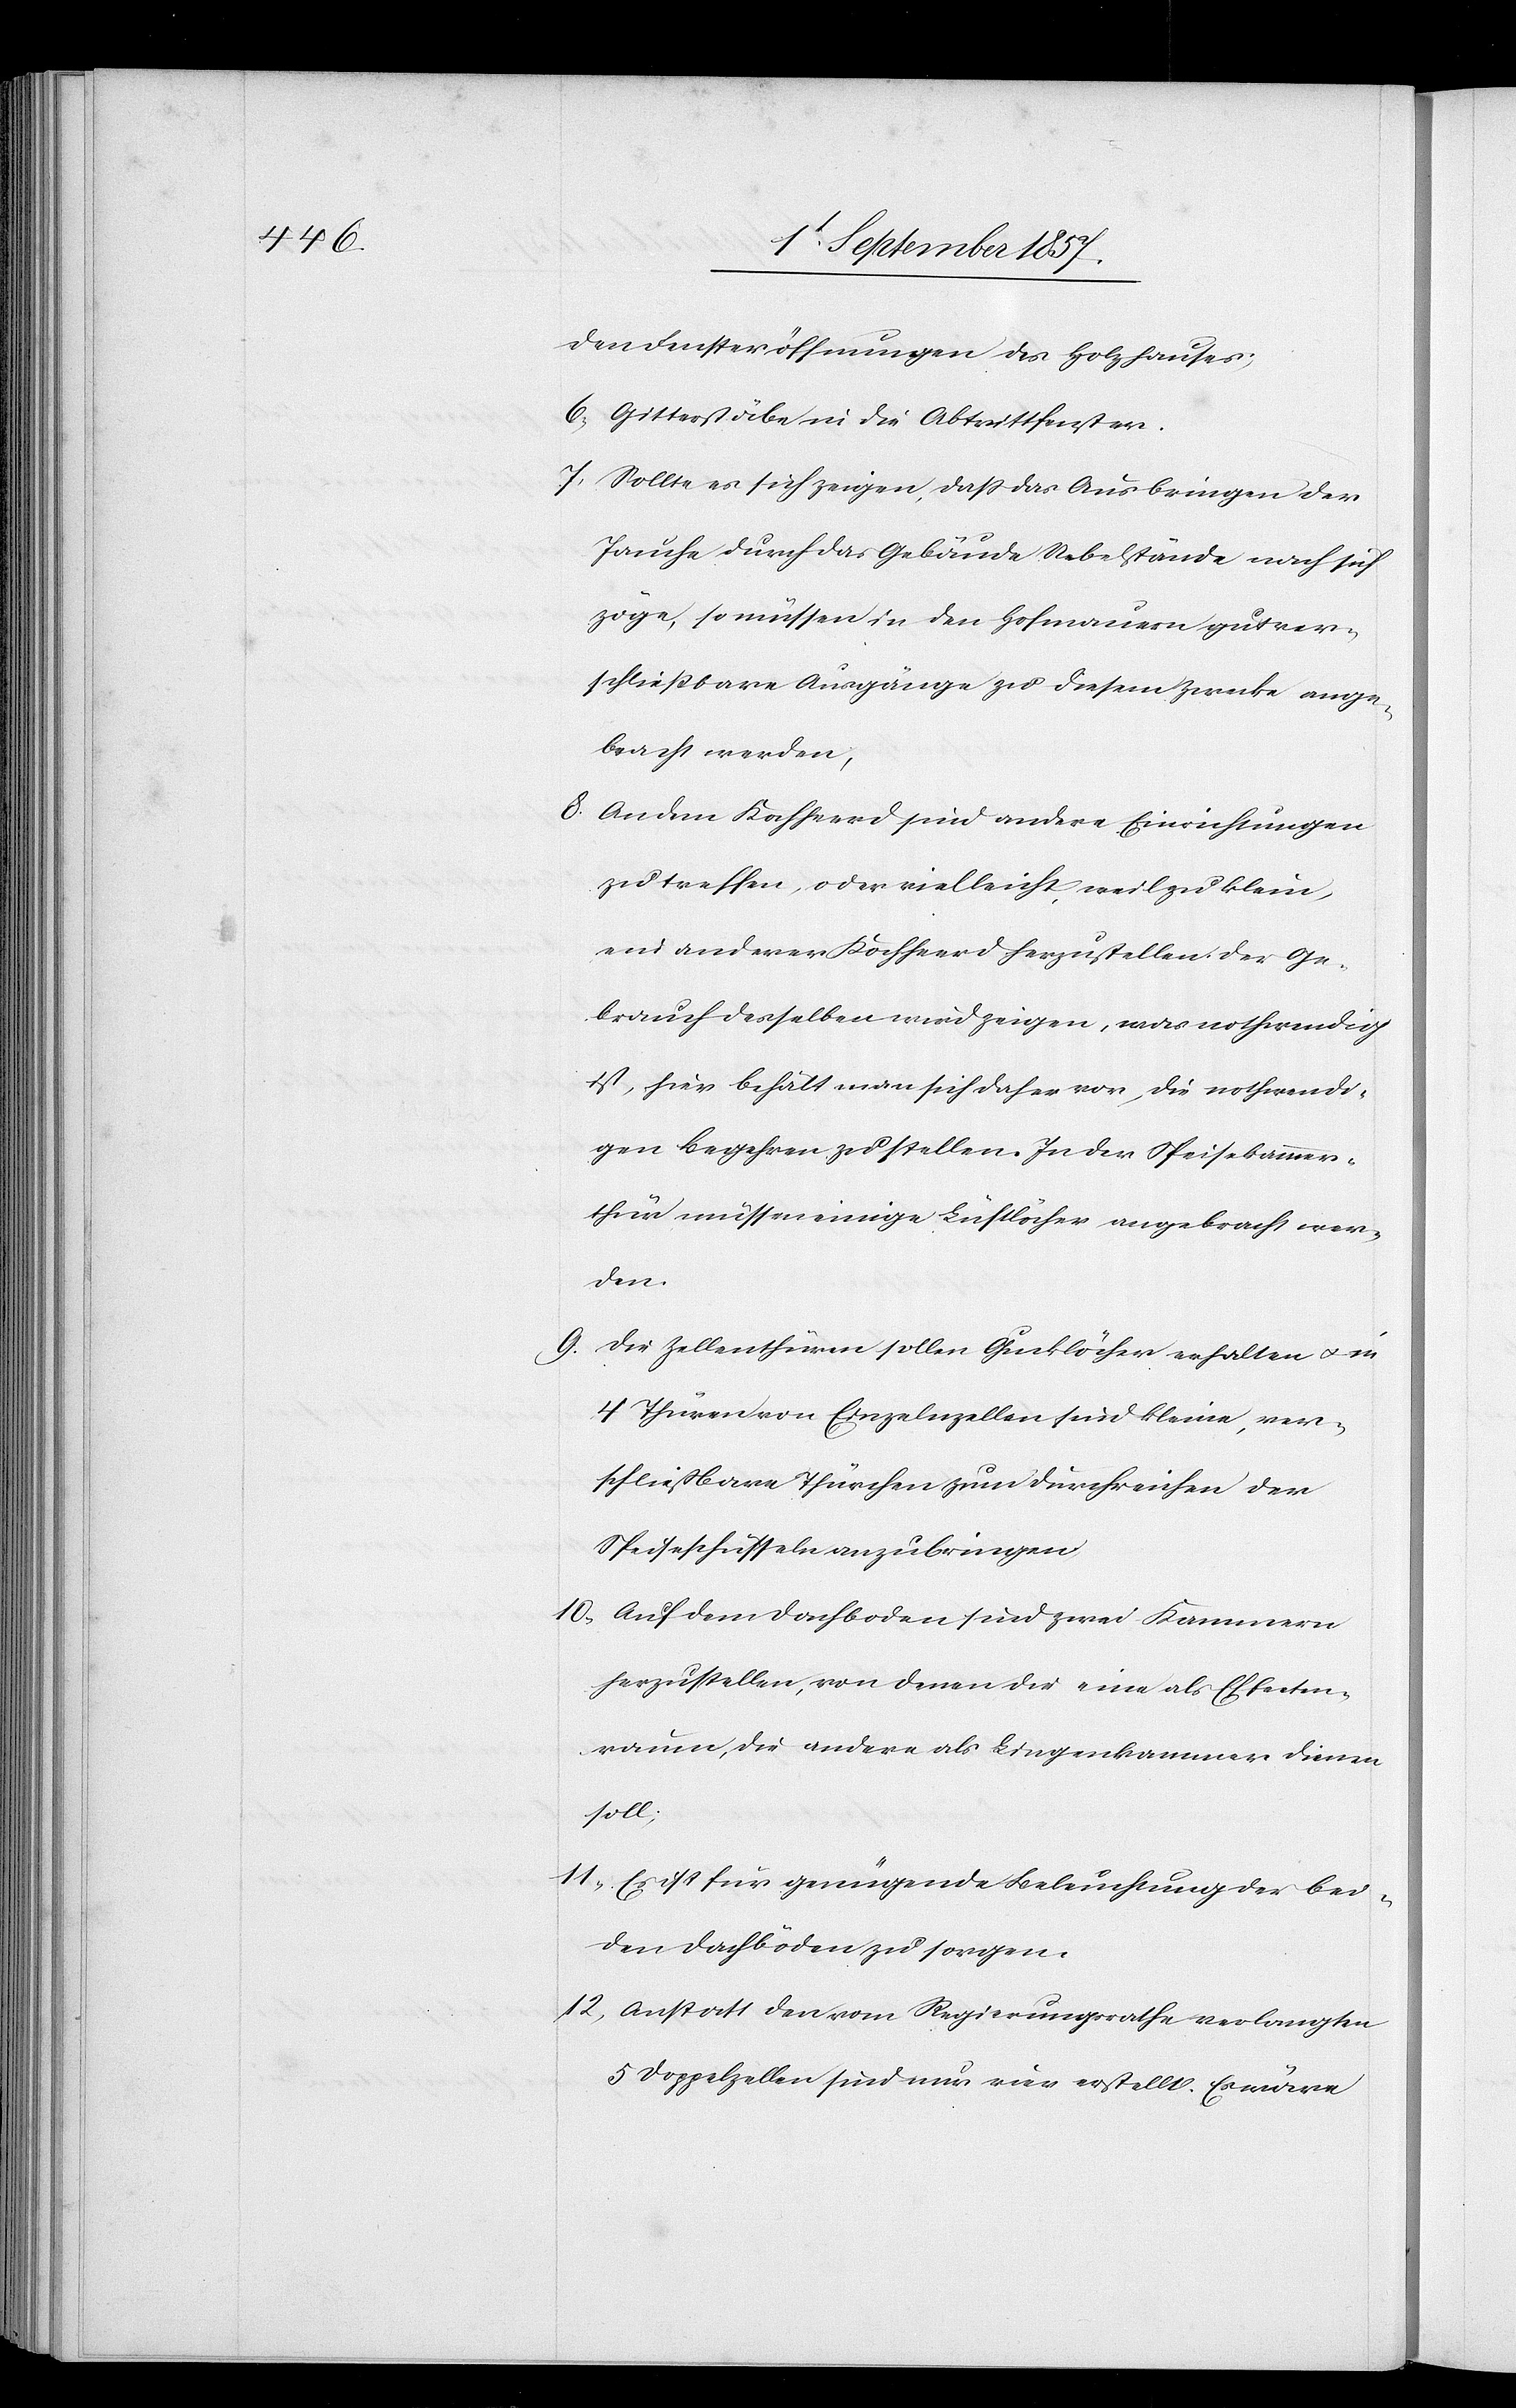
den Fensteröffnungen des Holzhauses;
6) Gitterstäbe in die Abtrittfenster.
7) Sollte es sich zeigen, daß das Ausbringen der
Jauche durch das Gebäude Uebelstände nach sich
zöge, so müssen in den Hofmauern gut ver¬
schließbare Ausgänge zu diesem Zwecke ange¬
bracht werden,
8) An dem Kochherd sind andere Einrichtungen
zu treffen, oder vielleicht, weil zu klein,
ein anderer Kochherd herzustellen der Ge¬
brauch desselben wird zeigen, was nothwendig
ist, hier behält man sich daher vor, die nothwendi¬
gen Begehren zu stellen. In der Speisekammer¬
thür müssen einige Luflöcher angebracht wer¬
den.
9) Die Zellenthüren sollen Gucklöcher erhalten & in
4 Thüren von Einzelzellen sind kleine, ver¬
schließbare Thürchen zum Durchreichen der
Speiseschüsseln anzubringen.
10) Auf dem Dorfboden sind zwei Kammern
herzustellen, von denen die eine als Effecten¬
raum, die andere als Lingenkammer [sic!] dienen
soll;
11) Es ist für genügende Beleuchtung der bei¬
den Dachböden zu sorgen.
12) Anstatt den vom Regierungsrathe verlangten
5 Doppelzellen sind nur vier erstellt. Es wäre